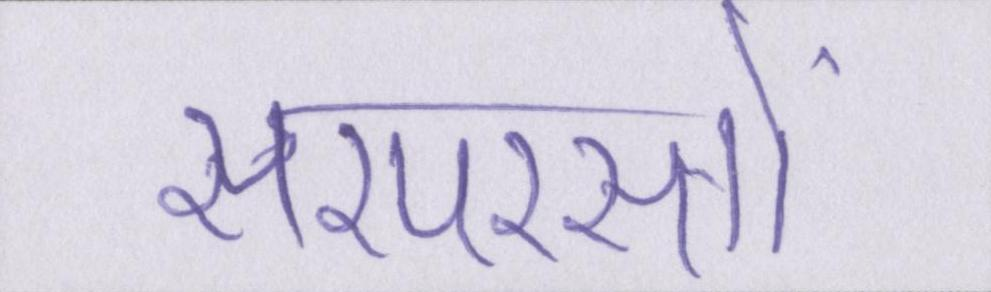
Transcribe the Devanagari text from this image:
सरपरस्तों